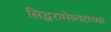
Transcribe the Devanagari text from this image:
सिद्धरामेश्र्वरांच्या